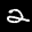
Label: 2